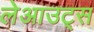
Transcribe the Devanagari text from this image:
लेआउट्स